Indian journal of veterinary science and animal husbandry - Volumes 18-21, 1948-1951
Year: 1948
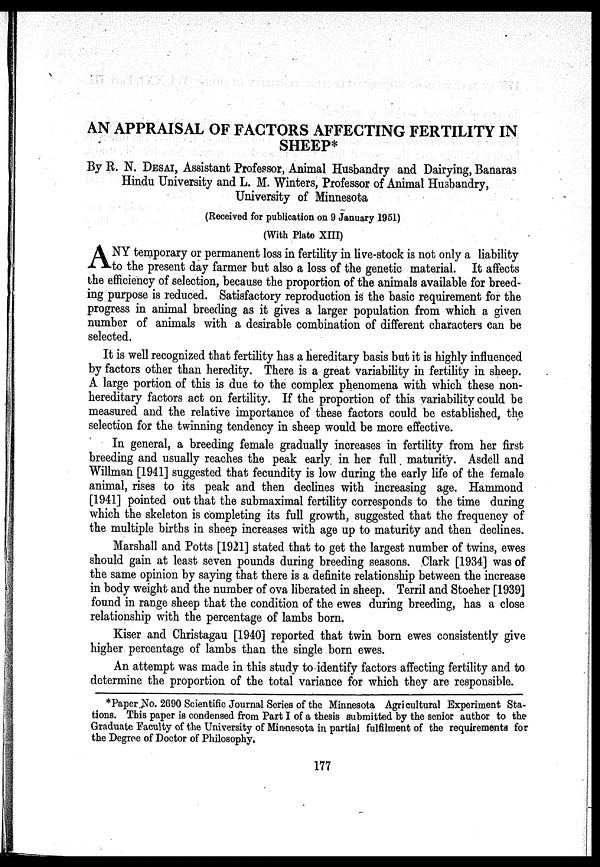
AN APPRAISAL OF FACTORS AFFECTING FERTILITY IN
SHEEP*
By R. N. DESAI, Assistant Professor, Animal Husbandry and Dairying, Banaras
Hindu University and L. M. Winters, Professor of Animal Husbandry,
University of Minnesota
(Received for publication on 9 January 1951)
(With Plate XIII)
A NY temporary or permanent loss in fertility in live-stock is not only a liability
to the present day farmer but also a loss of the genetic material. It affects
the efficiency of selection, because the proportion of the animals available for breed-
ing purpose is reduced. Satisfactory reproduction is the basic requirement for the
progress in animal breeding as it gives a larger population from which a given
number of animals with a desirable combination of different characters can be
selected.
It is well recognized that fertility has a hereditary basis but it is highly influenced
by factors other than heredity. There is a great variability in fertility in sheep.
A large portion of this is due to the complex phenomena with which these non-
hereditary factors act on fertility. If the proportion of this variability could be
measured and the relative importance of these factors could be established, the
selection for the twinning tendency in sheep would be more effective.
In general, a breeding female gradually increases in fertility from her first
breeding and usually reaches the peak early in her full maturity. Asdell and
Willman [1941] suggested that fecundity is low during the early life of the female
animal, rises to its peak and then declines with increasing age. Hammond
[1941] pointed out that the submaximal fertility corresponds to the time during
which the skeleton is completing its full growth, suggested that the frequency of
the multiple births in sheep increases with age up to maturity and then declines.
Marshall and Potts [1921] stated that to get the largest number of twins, ewes
should gain at least seven pounds during breeding seasons. Clark [1934] was of
the same opinion by saying that there is a definite relationship between the increase
in body weight and the number of ova liberated in sheep. Terril and Stoeher [1939]
found in range sheep that the condition of the ewes during breeding, has a close
relationship with the percentage of lambs born.
Kiser and Christagau [1940] reported that twin born ewes consistently give
higher percentage of lambs than the single born ewes.
An attempt was made in this study to identify factors affecting fertility and to
determine the proportion of the total variance for which they are responsible.
*Paper No. 2690 Scientific Journal Series of the Minnesota Agricultural Experiment Sta-
tions. This paper is condensed from Part I of a thesis submitted by the senior author to the
Graduate Faculty of the University of Minnesota in partial fulfilment of the requirements for
the Degree of Doctor of Philosophy.
177